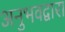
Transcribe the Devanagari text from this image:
अनुभवद्वारा